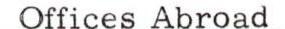
Offices Abroad